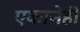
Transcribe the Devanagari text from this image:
एकानेही